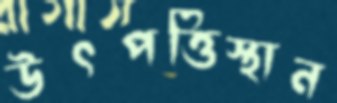
উৎপত্তিস্থান